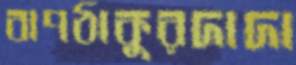
বাপঠাকুরদাদা